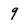
Character: 9